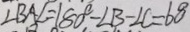
\angle B A E = 1 8 0 ^ { \circ } - \angle B - \angle C = 6 0 ^ { \circ }